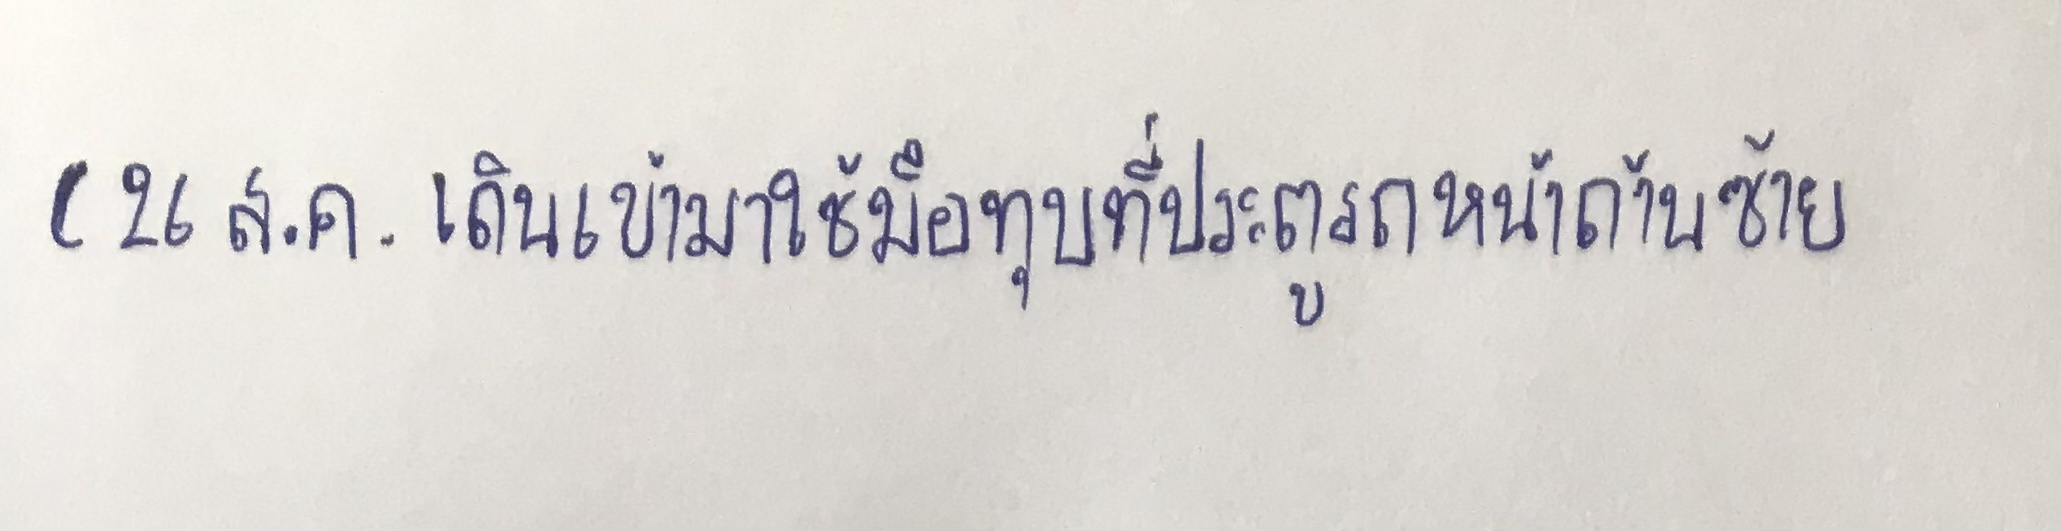
(26ส.ค.เดินเข้ามาใช้มือทุบที่ประตูรถหน้าด้านซ้าย